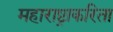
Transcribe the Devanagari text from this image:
महाराष्ट्राकरिता